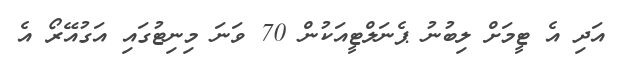
އަދި އެ ޓީމަށް ލިބުނު ޕެނަލްޓީއަކުން 70 ވަނަ މިނިޓުގައި އަގުއޭރޯ އެ